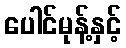
ပေါင်မုန့်နှင့်